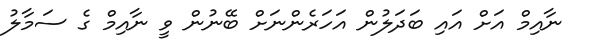
ނާއިމް އަށް އައި ބަދަލުން އަހަރެންނަށް ބޭނުން ވީ ނާއިމް ގެ ސަމާލު